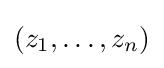
(z_{1},\dots ,z_{n})